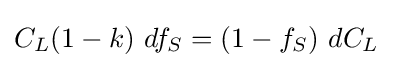
C_{L}(1-k)\ df_{S}=(1-f_{S})\ dC_{L}